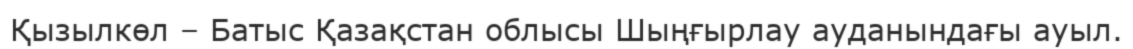
Қызылкөл – Батыс Қазақстан облысы Шыңғырлау ауданындағы ауыл.